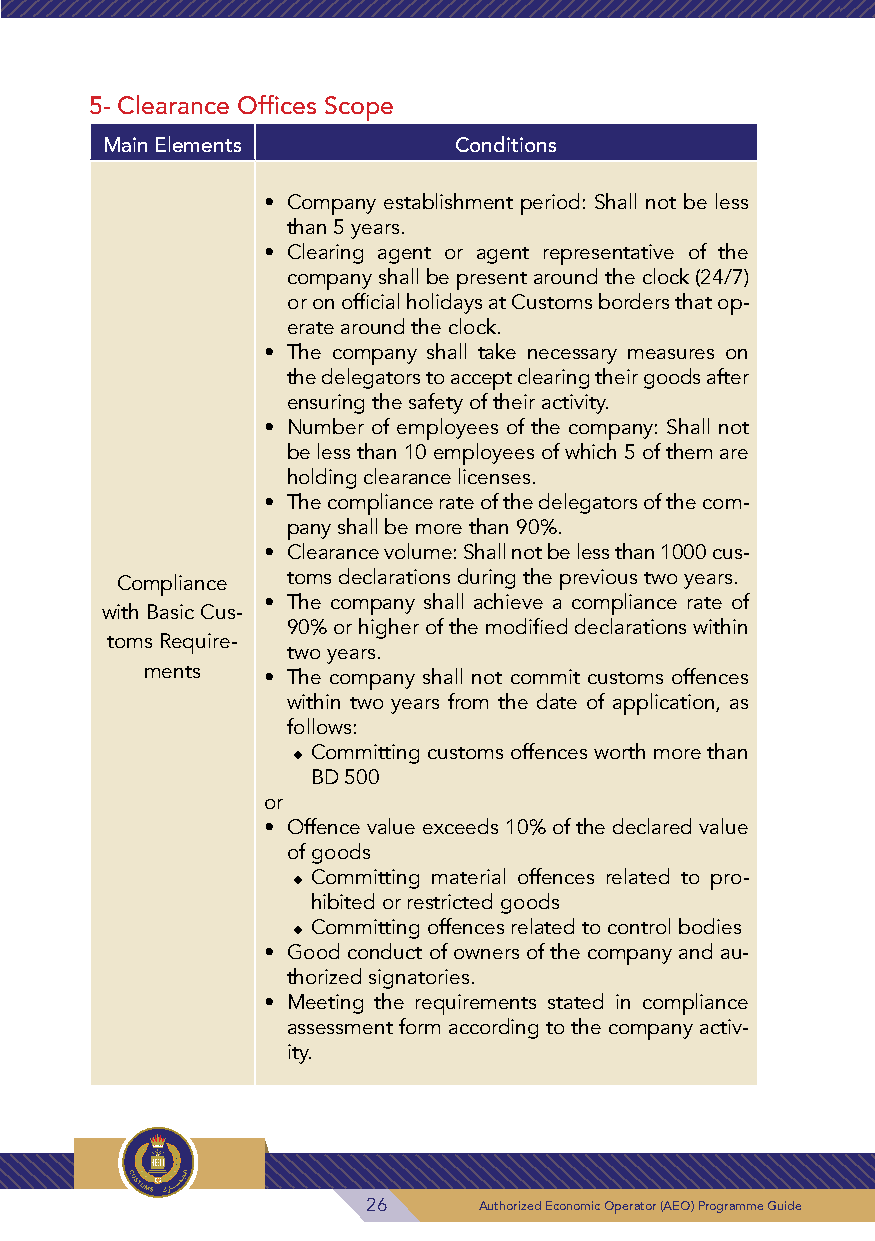
5- Clearance Offices Scope
 Main Elements          Conditions
 • Company establishment period: Shall not be less
 than 5 years.
 • Clearing agent or agent representative of the
 company shall be present around the clock (24/7)
 or on official holidays at Customs borders that op-
 erate around the clock.
 • The company shall take necessary measures on
 the delegators to accept clearing their goods after
 ensuring the safety of their activity.
 • Number of employees of the company: Shall not
 be less than 10 employees of which 5 of them are
 holding clearance licenses.
 • The compliance rate of the delegators of the com-
 pany shall be more than 90%.
 • Clearance volume: Shall not be less than 1000 cus-
 Compliance toms declarations during the previous two years.
 • The company shall achieve a compliance rate of
 with Basic Cus-
 90% or higher of the modified declarations within
 toms Require-
 two years.
 ments  • The company shall not commit customs offences
 within two years from the date of application, as
 follows:
 ◆◆Committing customs offences worth more than
 BD 500
 or
 • Offence value exceeds 10% of the declared value
 of goods
 ◆◆Committing material offences related to pro-
 hibited or restricted goods
 ◆◆Committing offences related to control bodies
 • Good conduct of owners of the company and au-
 thorized signatories.
 • Meeting the requirements stated in compliance
 assessment form according to the company activ-
 ity.
 26      Authorized Economic Operator (AEO) Programme Guide